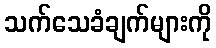
သက်သေခံချက်များကို